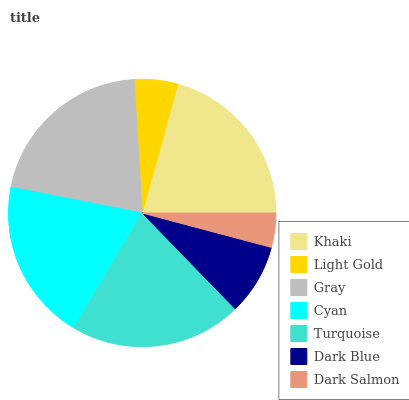
| Khaki | Light Gold | Gray | Cyan | Turquoise | Dark Blue | Dark Salmon |
 | --- | --- | --- | --- | --- | --- | --- |
 | 20.7% | 5.25% | 21% | 19.6% | 20.8% | 8.59% | 4.13% |